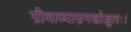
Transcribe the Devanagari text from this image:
ग्रीवाव्याघ्रनखोज्जुलः।